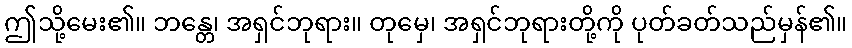
ဤသို့မေး၏။ ဘန္တေ၊ အရှင်ဘုရား။ တုမှေ၊ အရှင်ဘုရားတို့ကို ပုတ်ခတ်သည်မှန်၏။